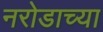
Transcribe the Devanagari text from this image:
नरोडाच्या